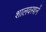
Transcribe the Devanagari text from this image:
शालवस्त्रानें